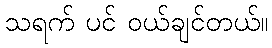
သရက် ပင် ဝယ်ချင်တယ်။